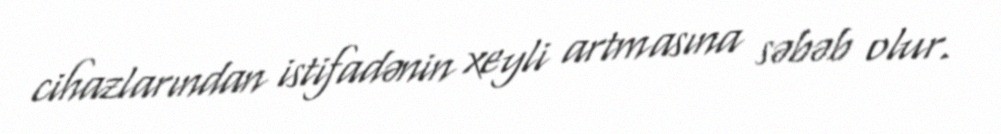
cihazlarından istifadənin xeyli artmasına səbəb olur.